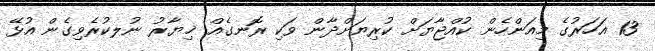
13 އަހަރުގެ މިއަންހެން ކުއްޖާޔަށް ކުރިޔަށްދާން ވަކި ރޮނގެއް ޚިޔާރު ނުލކުރެވިގެން އުޅޭ